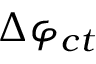
\Delta \varphi _ { c t }